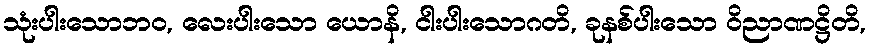
သုံးပါးသောဘဝ, လေးပါးသော ယောနိ, ငါးပါးသောဂတိ, ခုနစ်ပါးသော ဝိညာဏဋ္ဌိတိ,